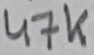
Text: 47K